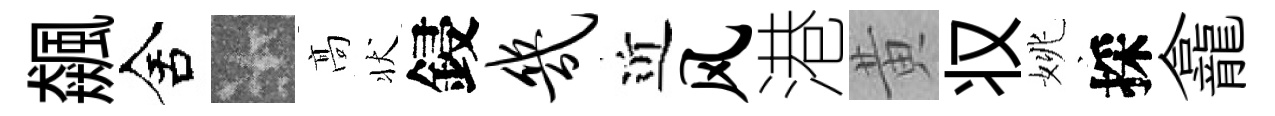
飆舍卡髙状鋟几近风港黄𠬧姚採龕